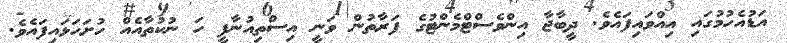
އަޑުއެހުމުގައި އިއްވައިފައެވެ. ދީބާޖާ އިންވެސްޓްމެންޓުގެ ފަރާތުން ވަނީ އިސްތިއުނާފީ ހަ ނުކުތާއެއް ހުށަހަޅައިފައެވެ.